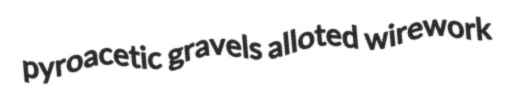
pyroacetic gravels alloted wirework